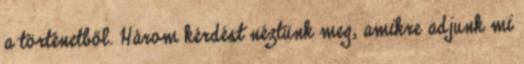
a történetből. Három kérdést néztünk meg, amikre adjunk mi